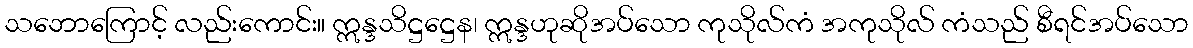
သဘောကြောင့် လည်းကောင်း။ ဣန္ဒသိဋ္ဌဋ္ဌေန၊ ဣန္ဒဟုဆိုအပ်သော ကုသိုလ်ကံ အကုသိုလ် ကံသည် စီရင်အပ်သော